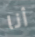
أنا